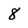
Character: 8